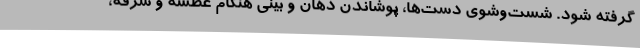
گرفته شود. شست‌وشوی دست‌ها، پوشاندن دهان و بینی هنگام عطسه و سرفه،